Rangoon Lunatic Asylum 1878-1892 - 1878-1892
Year: 1878
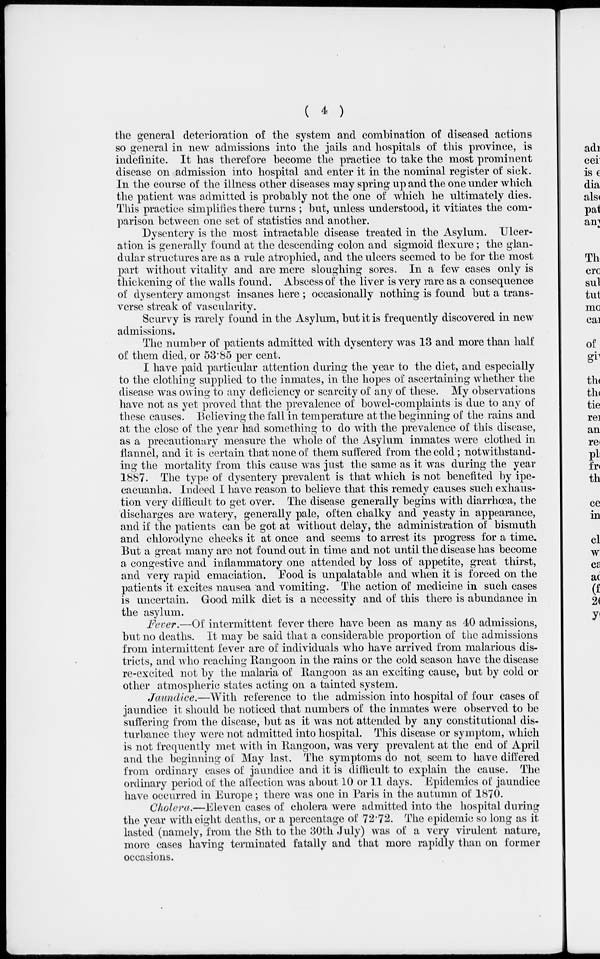
( 4 )
the general deterioration of the system and combination of diseased actions
so general in new admissions into the jails and hospitals of this province, is
indefinite. It has therefore become the practice to take the most prominent
disease on admission into hospital and enter it in the nominal register of sick.
In the course of the illness other diseases may spring up and the one under which
the patient was admitted is probably not the one of which he ultimately dies.
This practice simplifies there turns ; but, unless understood, it vitiates the com-
parison between one set of statistics and another.
Dysentery is the most intractable disease treated in the Asylum. Ulcer-
ation is generally found at the descending colon and sigmoid flexure; the glan-
dular structures are as a rule atrophied, and the ulcers seemed to be for the most
part without vitality and are mere sloughing sores. In a few cases only is
thickening of the walls found. Abscess of the liver is very rare as a consequence
of dysentery amongst insanes here ; occasionally nothing is found but a trans-
verse streak of vascularity.
Scurvy is rarely found in the Asylum, but it is frequently discovered in new
admissions.
The number of patients admitted with dysentery was 13 and more than half
of them died, or 53.85 per cent.
I have paid particular attention during the year to the diet, and especially
to the clothing supplied to the inmates, in the hopes of ascertaining whether the
disease was owing to any deficiency or scarcity of any of these. My observations
have not as yet proved that the prevalence of bowel-complaints is due to any of
these causes. Believing the fall in temperature at the beginning of the rains and
at the close of the year had something to do with the prevalence of this disease,
as a precautionary measure the whole of the Asylum inmates were clothed in
flannel, and it is certain that none of them suffered from the cold; notwithstand-
ing the mortality from this cause was just the same as it was during the year
1887. The type of dysentery prevalent is that which is not benefited by ipe-
cacuanha. Indeed I have reason to believe that this remedy causes such exhaus-
tion very difficult to get over. The disease generally begins with diarrhœa, the
discharges are watery, generally pale, often chalky and yeasty in appearance,
and if the patients can be got at without delay, the administration of bismuth
and chlorodyne checks it at once and seems to arrest its progress for a time.
But a great many are not found out in time and not until the disease has become
a congestive and inflammatory one attended by loss of appetite, great thirst,
and very rapid emaciation. Food is unpalatable and when it is forced on the
patients it excites nausea and vomiting. The action of medicine in such cases
is uncertain. Good milk diet is a necessity and of this there is abundance in
the asylum.
Fever.—Of intermittent fever there have been as many as 40 admissions,
but no deaths. It may be said that a considerable proportion of the admissions
from intermittent fever are of individuals who have arrived from malarious dis-
tricts, and who reaching Rangoon in the rains or the cold season have the disease
re-excited not by the malaria of Rangoon as an exciting cause, but by cold or
other atmospheric states acting on a tainted system.
Jaundice.—With reference to the admission into hospital of four cases of
jaundice it should be noticed that numbers of the inmates were observed to be
suffering from the disease, but as it was not attended by any constitutional dis-
turbance they were not admitted into hospital. This disease or symptom, which
is not frequently met with in Rangoon, was very prevalent at the end of April
and the beginning of May last. The symptoms do not seem to have differed
from ordinary cases of jaundice and it is difficult to explain the cause. The
ordinary period of the affection was about 10 or 11 days. Epidemics of jaundice
have occurred in Europe; there was one in Paris in the autumn of 1870.
Cholera.—Eleven cases of cholera were admitted into the hospital during
the year with eight deaths, or a percentage of 72.72. The epidemic so long as it
lasted (namely, from the 8th to the 30th July) was of a very virulent nature,
more cases having terminated fatally and that more rapidly than on former
occasions.